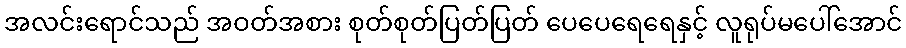
အလင်းရောင်သည် အဝတ်အစား စုတ်စုတ်ပြတ်ပြတ် ပေပေရေရေနှင့် လူရုပ်မပေါ်အောင်